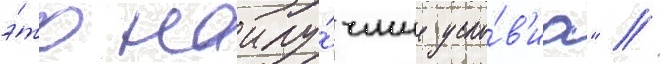
э́то наилу́чшие усло́в'иа" //